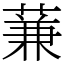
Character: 蒹